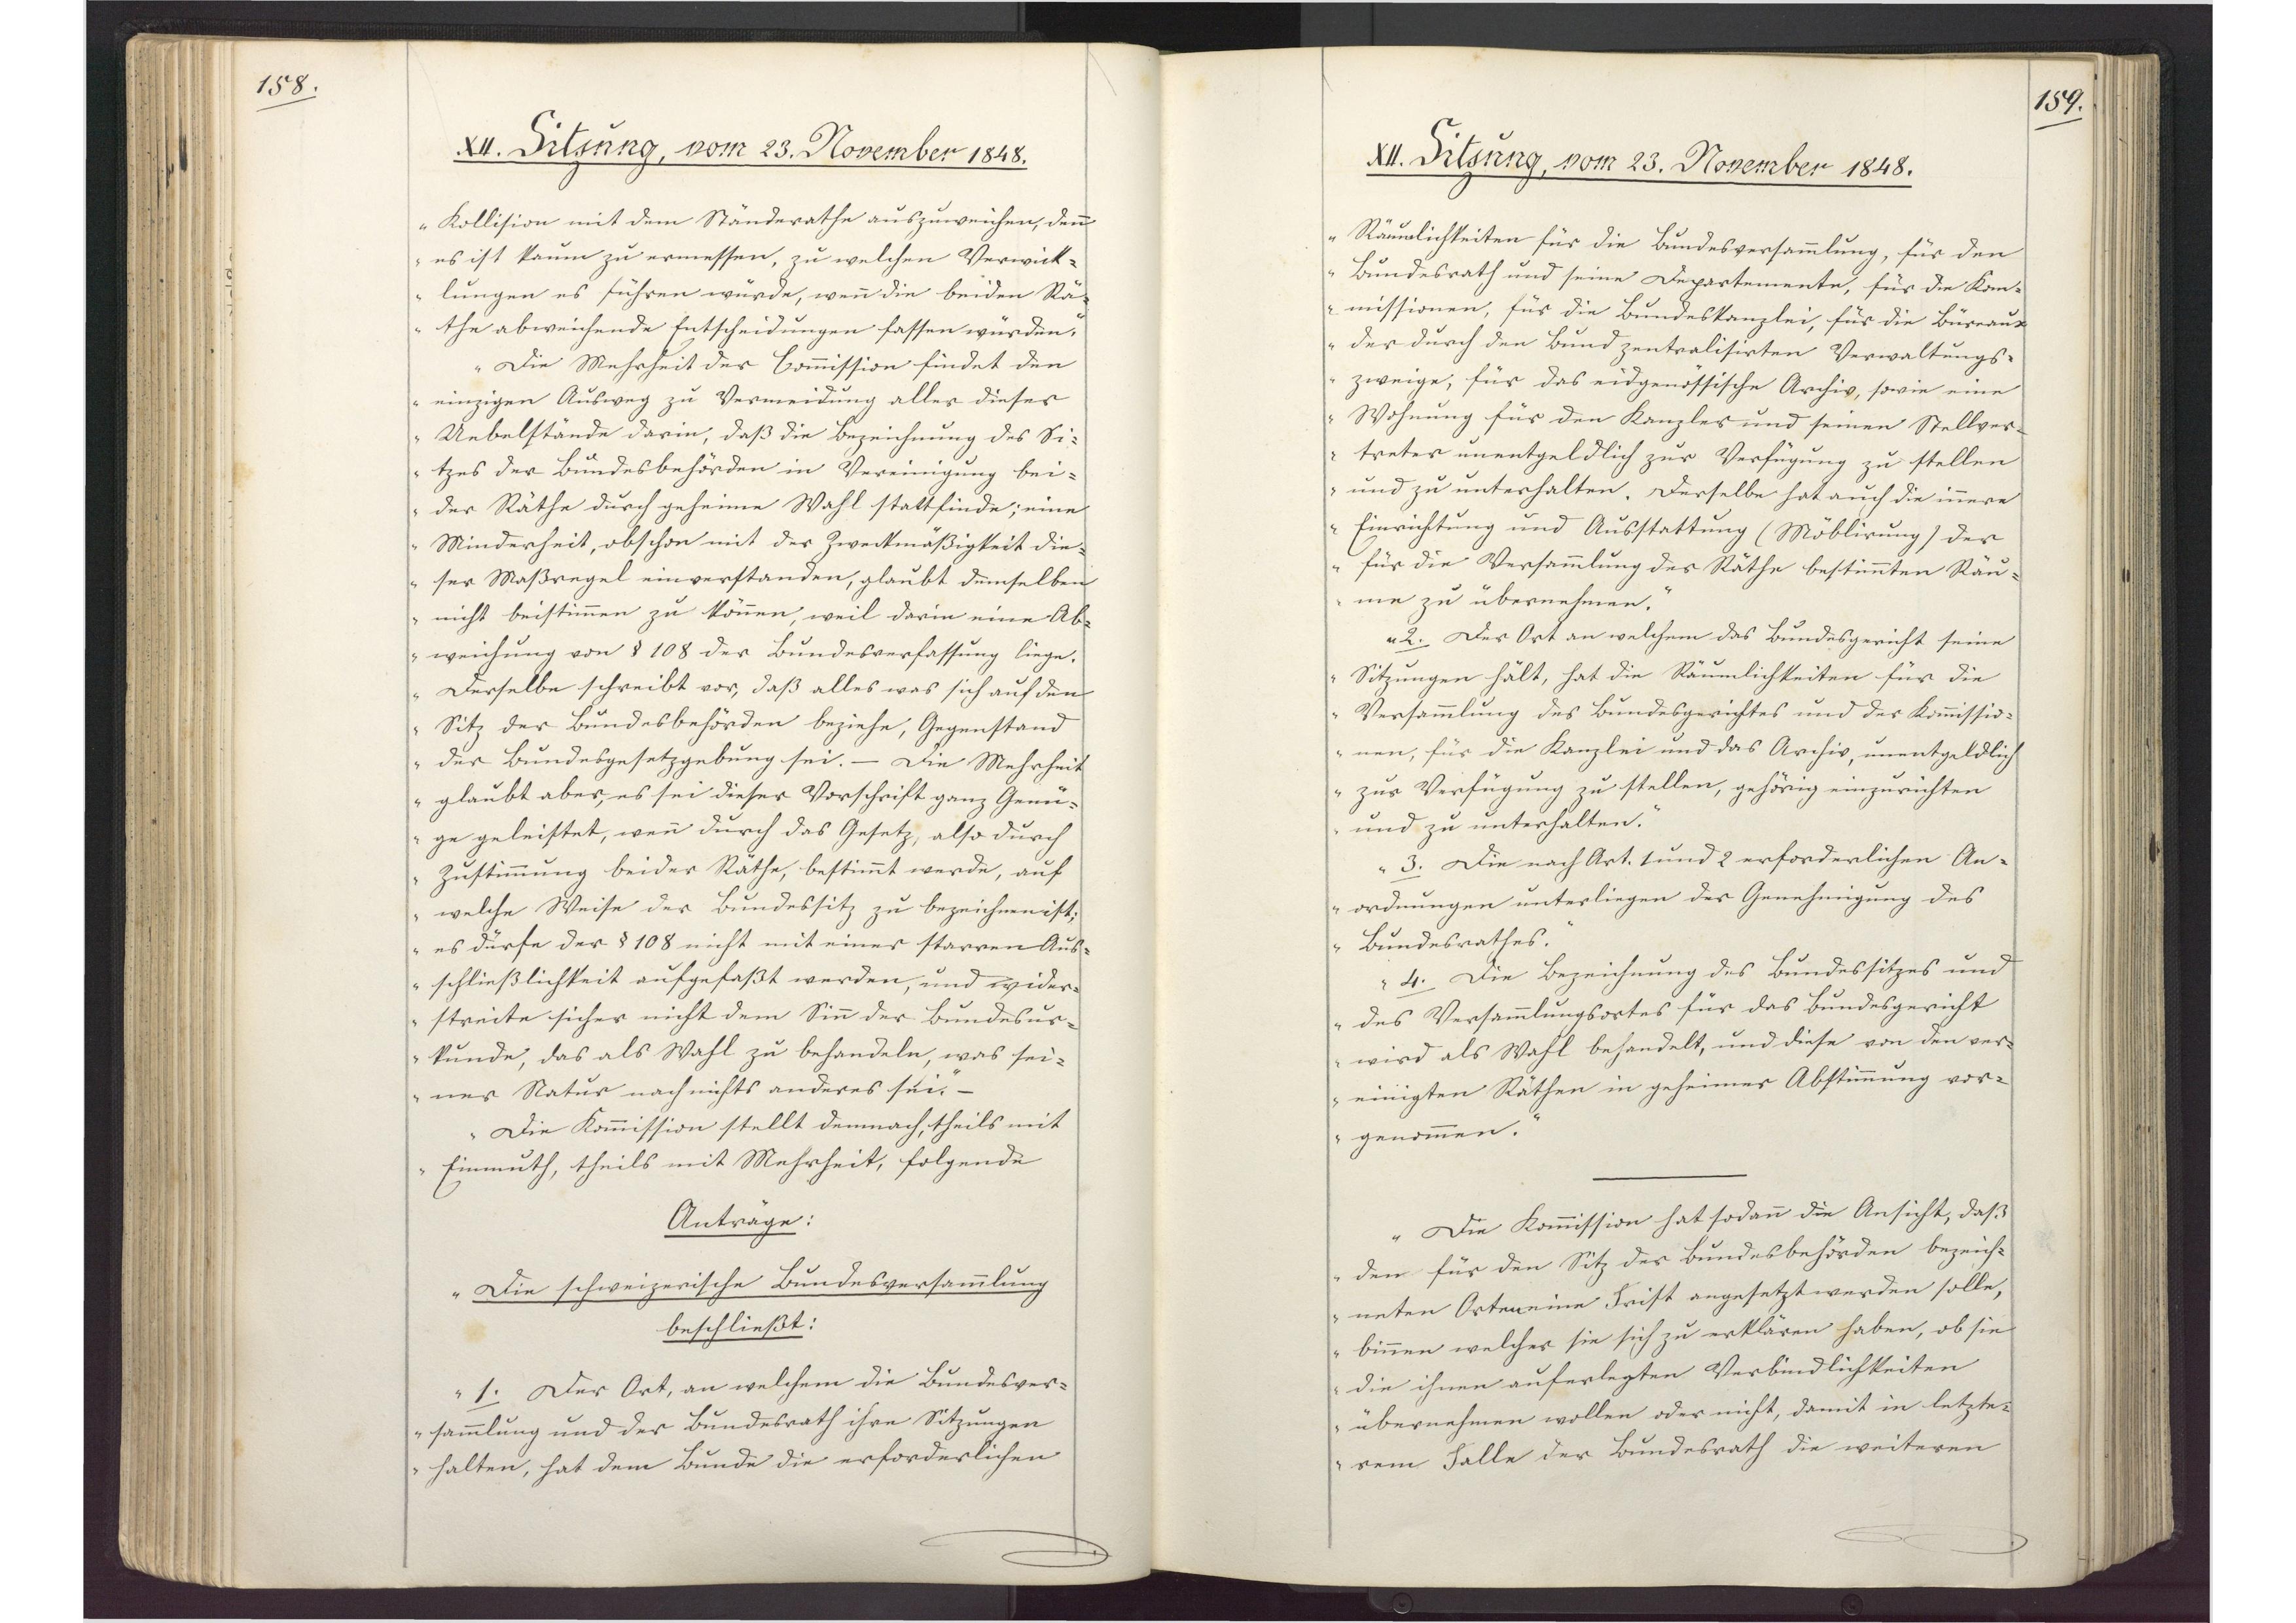
158.

XII. Sitzung, vom 23. November 1848.

Kollision mit dem Ständerathe auszuweichen, denn
es ist kaum zu ermessen, zu welchen Verwick¬
lungen es führen würde, wenn die beiden Rä¬
the abweichende Entscheidungen fassen würden."
"Die Mehrheit der Commission findet den
einzigen Ausweg zu Vermeidung aller dieser
Uebelstände darin, daß die Bezeichnung des Si¬
tzes der Bundesbehörden in Vereinigung bei¬
der Räthe durch geheime Wahl stattfinde; eine
Minderheit, obschon mit der Zweckmäßigkeit die¬
ser Maßregel einverstanden, glaubt demselben
nicht beistimmen zu können, weil darin eine Ab¬
weichung von §108 der Bundesverfassung liege.
Derselbe schreibt vor, daß alles was sich auf den
Sitz der Bundesbehörden beziehe, Gegenstand
der Bundesgesetzgebung sei. - Die Mehrheit
glaubt aber, es sei dieser Vorschrift ganz Genü¬
ge geleistet, wenn durch das Gesetz, also durch
Zustimmung beider Räthe, bestimmt werde, auf
welche Weise der Bundessitz zu bezeichnen ist;
es dürfe der §108 nicht mit einer starren Aus¬
schließlichkeit aufgefaßt werden, und wider¬
streite sicher nicht dem Sinn der Bundesur¬
kunde, das als Wahl zu behandeln, was sei¬
ner Natur nach nichts anderes sei."
"Die Kommission stellt demnach, theils mit
Einmuth, theils mit Mehrheit, folgende
Anträge:
Die schweizerische Bundesversammlung
beschließt:
1. Der Ort, an welchem die Bundesver¬
sammlung und der Bundesrath ihre Sitzungen
halten, hat dem Bunde die erforderlichen

159.

XII. Sitzung, vom 23. November 1848.

Räunlichkeiten für die Bundesversammlung, für den
Bundesrath und seine Departemente, für die Kom¬
missionen, für die Bundeskanzlei, für die Büreaux
der durch den Bund zentralisirten Verwaltungs¬
zweige, für das eidgenössische Archiv, sowie eine
Wohnung für den Kanzler und seinen Stellver¬
treter unentgeldlich zur Verfügung zu stellen
und zu unterhalten. Derselbe hat auch die innere
Einrichtung und Ausstattung (Möblirung) der
für die Versammlung der Räthe bestimmten Räu¬
me zu übernehmen.
2. Der Ort an welchem das Bundesgericht seine
Sitzungen hält, hat die Räumlichkeiten für die
Versammlung des Bundesgerichtes und der Kommissio¬
nen, für die Kanzlei und das Archiv, unentgeldlich
zur Verfügung zu stellen, gehörig einzurichten
und zu unterhalten.
3. Die nach Art. 1 und 2 erforderlichen An¬
ordnungen unterliegen der Genehmigung des
Bundesrathes.
4. Die Bezeichnung des Bundessitzes und
des Versammlungsortes für das Bundesgericht
wird als Wahl behandelt, und diese von den ver¬
einigten Räthen in geheimer Abstimmung vor¬
genommen."
"Die Komission hat sodann die Ansicht, daß
dem für den Sitz der Bundesbehörden bezeich¬
neten Orten eine Frist angesetzt werden solle,
binnen welcher sie sich zu erklären haben, ob sie
die ihnen auferlegten Verbindlichkeiten
übernehmen wollen oder nicht, damit in letzte¬
rem Falle der Bundesrath die weiteren